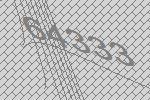
64333